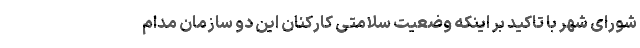
شورای شهر با تاکید بر اینکه وضعیت سلامتی کارکنان این دو سازمان مدام